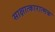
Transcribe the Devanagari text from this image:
साक्षात्कारात्मक